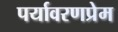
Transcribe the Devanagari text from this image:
पर्यावरणप्रेम